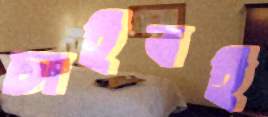
চাইবই